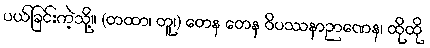
ပယ်ခြင်းကဲ့သို့။ (တထာ၊ တူ၊) တေန တေန ဝိပဿနာဉာဏေန၊ ထိုထို